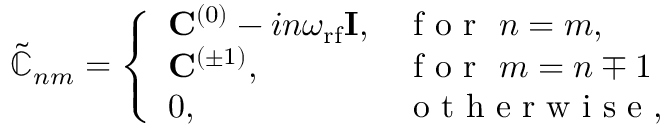
\begin{array} { r } { \tilde { \mathbb { C } } _ { n m } = \left\{ \begin{array} { l l } { \mathbf { C } ^ { ( 0 ) } - i n \omega _ { \mathrm { r f } } \mathbf { I } , } & { \mathrm { ~ f ~ o ~ r ~ } \ n = m , } \\ { \mathbf { C } ^ { ( \pm 1 ) } , } & { \mathrm { ~ f ~ o ~ r ~ } \ m = n \mp 1 } \\ { 0 , } & { \mathrm { ~ o ~ t ~ h ~ e ~ r ~ w ~ i ~ s ~ e ~ } , } \end{array} \right. } \end{array}